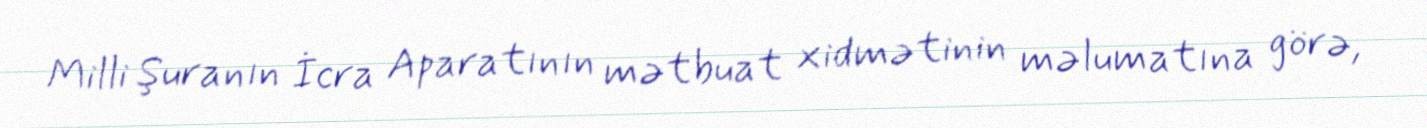
Milli Şuranın İcra Aparatının mətbuat xidmətinin məlumatına görə,